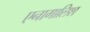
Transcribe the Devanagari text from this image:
एनागालिश